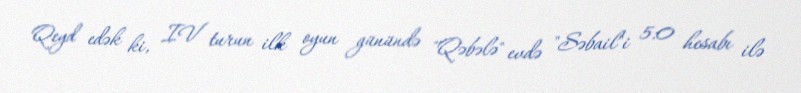
Qeyd edək ki, IV turun ilk oyun günündə "Qəbələ" evdə "Səbail"i 5:0 hesabı ilə